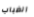
الضباب